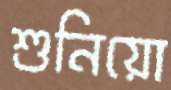
শুনিয়ো